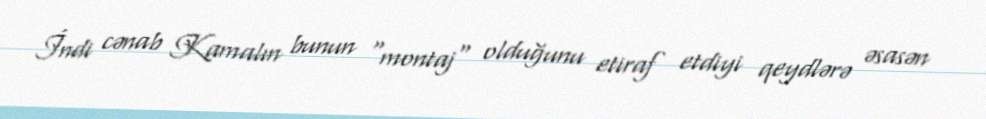
İndi cənab Kamalın bunun "montaj" olduğunu etiraf etdiyi qeydlərə əsasən